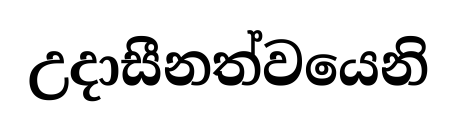
උදාසීනත්වයෙනි